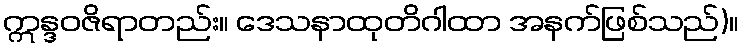
ဣန္ဒဝဇိရာတည်း။ ဒေသနာထုတိဂါထာ အနက်ဖြစ်သည်)။